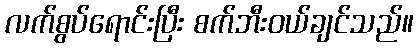
လက်စွပ်ရောင်းပြီး စက်ဘီးဝယ်ချင်သည်။